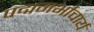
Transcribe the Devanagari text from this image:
पद्मगर्भाचार्य